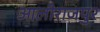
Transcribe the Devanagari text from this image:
आलीराजपुर